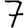
Digit: 7